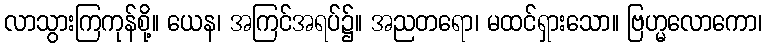
လာသွားကြကုန်စို့။ ယေန၊ အကြင်အရပ်၌။ အညတရော၊ မထင်ရှားသော။ ဗြဟ္မလောကော၊